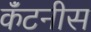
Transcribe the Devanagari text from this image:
कॅंटनीस